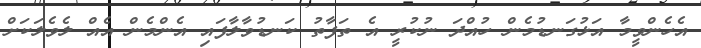
އެހެންވީމާ އަޅުގަނޑުމެން ހުއްދަ ނުކުރީ އެ ތަފާތު ކަނޑުވާލާފައި އެންމެން އެއް ލެވެލަކަށް